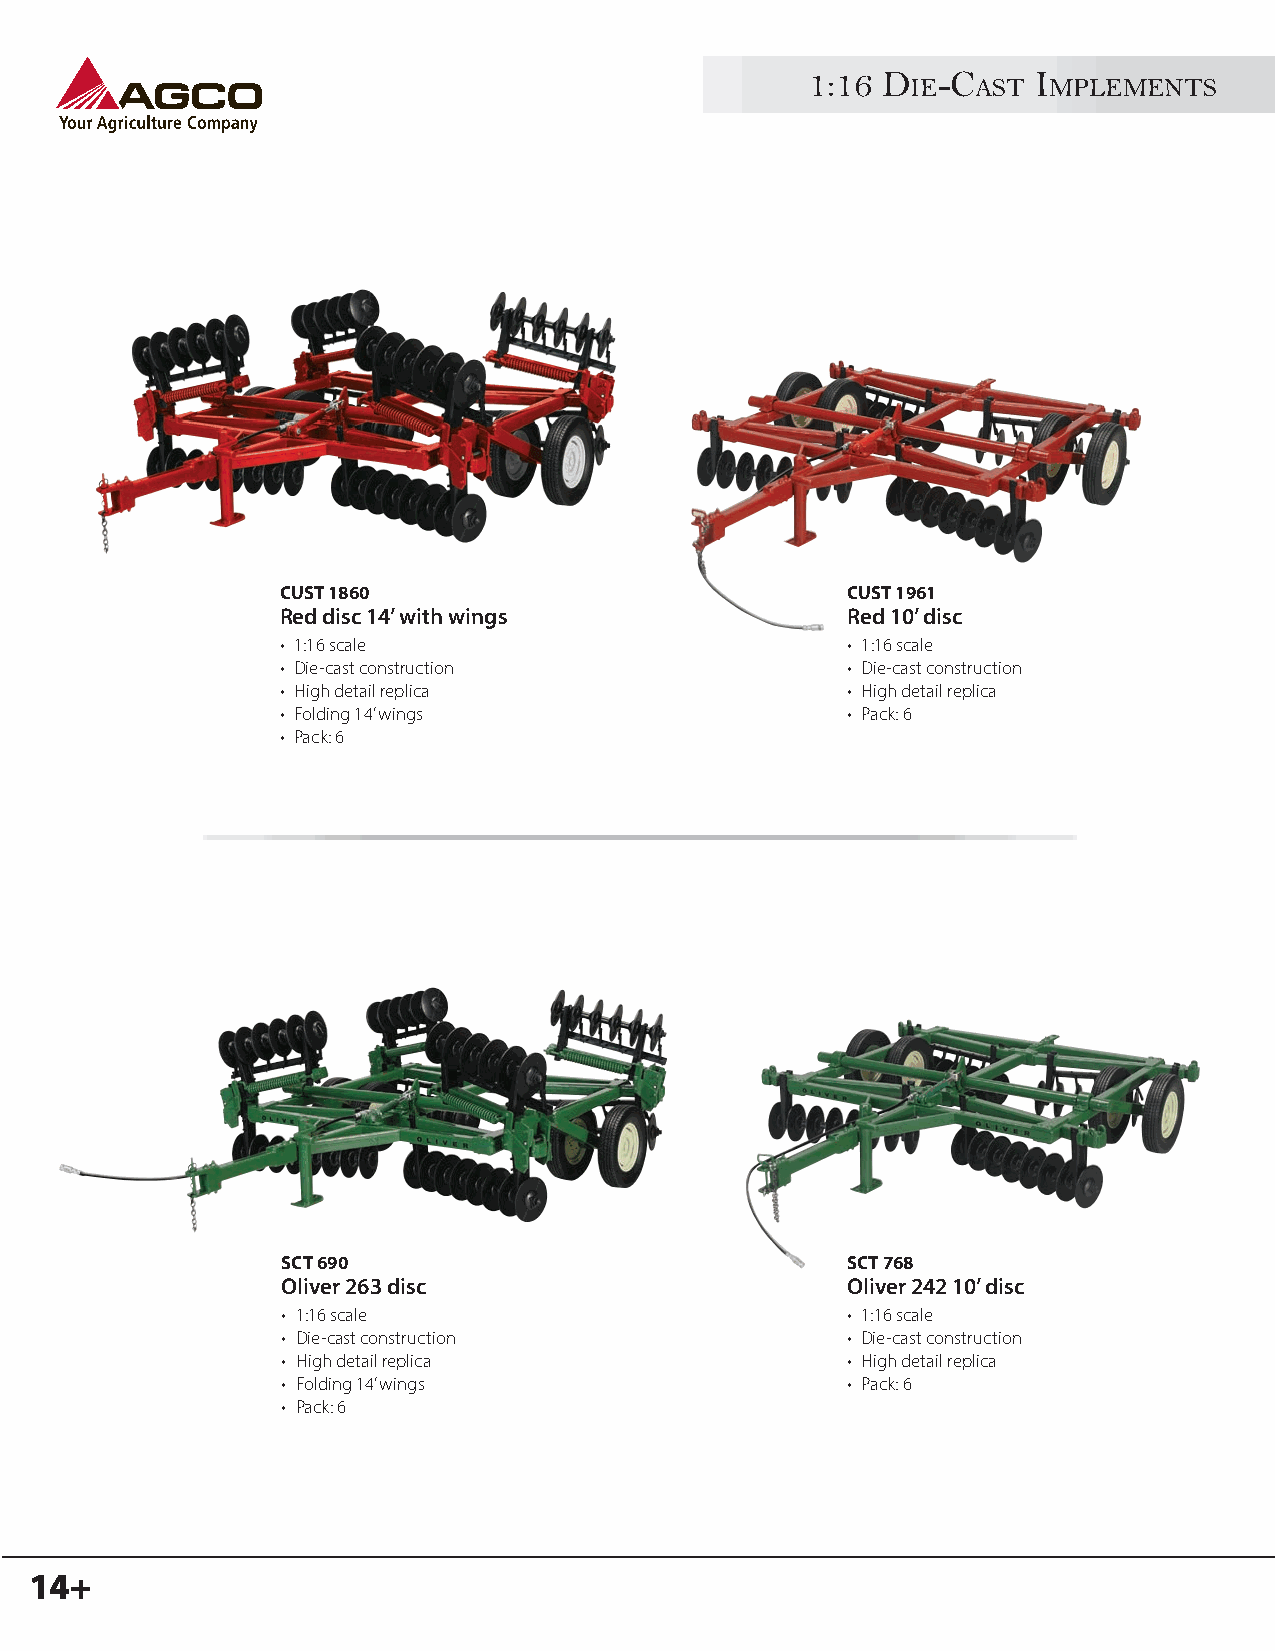
1:16 D  -C    I
 IE   AST MPLEMENTS
 CUST 1860                            CUST 1961
 Red disc 14’ with wings              Red 10’ disc
 • 1:16 scale                         • 1:16 scale
 • Die-cast construction              • Die-cast construction
 • High detail replica                • High detail replica
 • Folding 14’ wings                  • Pack: 6
 • Pack: 6
 SCT 690                              SCT 768
 Oliver 263 disc                      Oliver 242 10’ disc
 • 1:16 scale                         • 1:16 scale
 • Die-cast construction              • Die-cast construction
 • High detail replica                • High detail replica
 • Folding 14’ wings                  • Pack: 6
 • Pack: 6
 14+